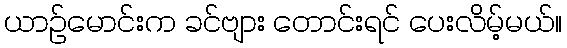
ယာဉ်မောင်းက ခင်ဗျား တောင်းရင် ပေးလိမ့်မယ်။